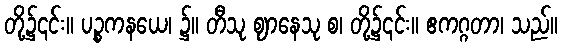
တို့၌၎င်း။ ပဉ္စကနယေ၊ ၌။ တီသု ဈာနေသု စ၊ တို့၌၎င်း။ ဧကဂ္ဂတာ၊ သည်။